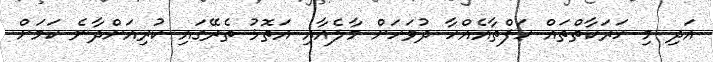
އަދި މި ހަރަކާތްތައް ހަފްތާއެއްހާ ދުވަހަށް މާލެއާއި އަތޮޅު ތެރޭގައި ކުރިއަށްދާނެ ކަމަށް